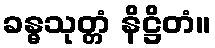
ခန္ဓသုတ္တံ နိဋ္ဌိတံ။